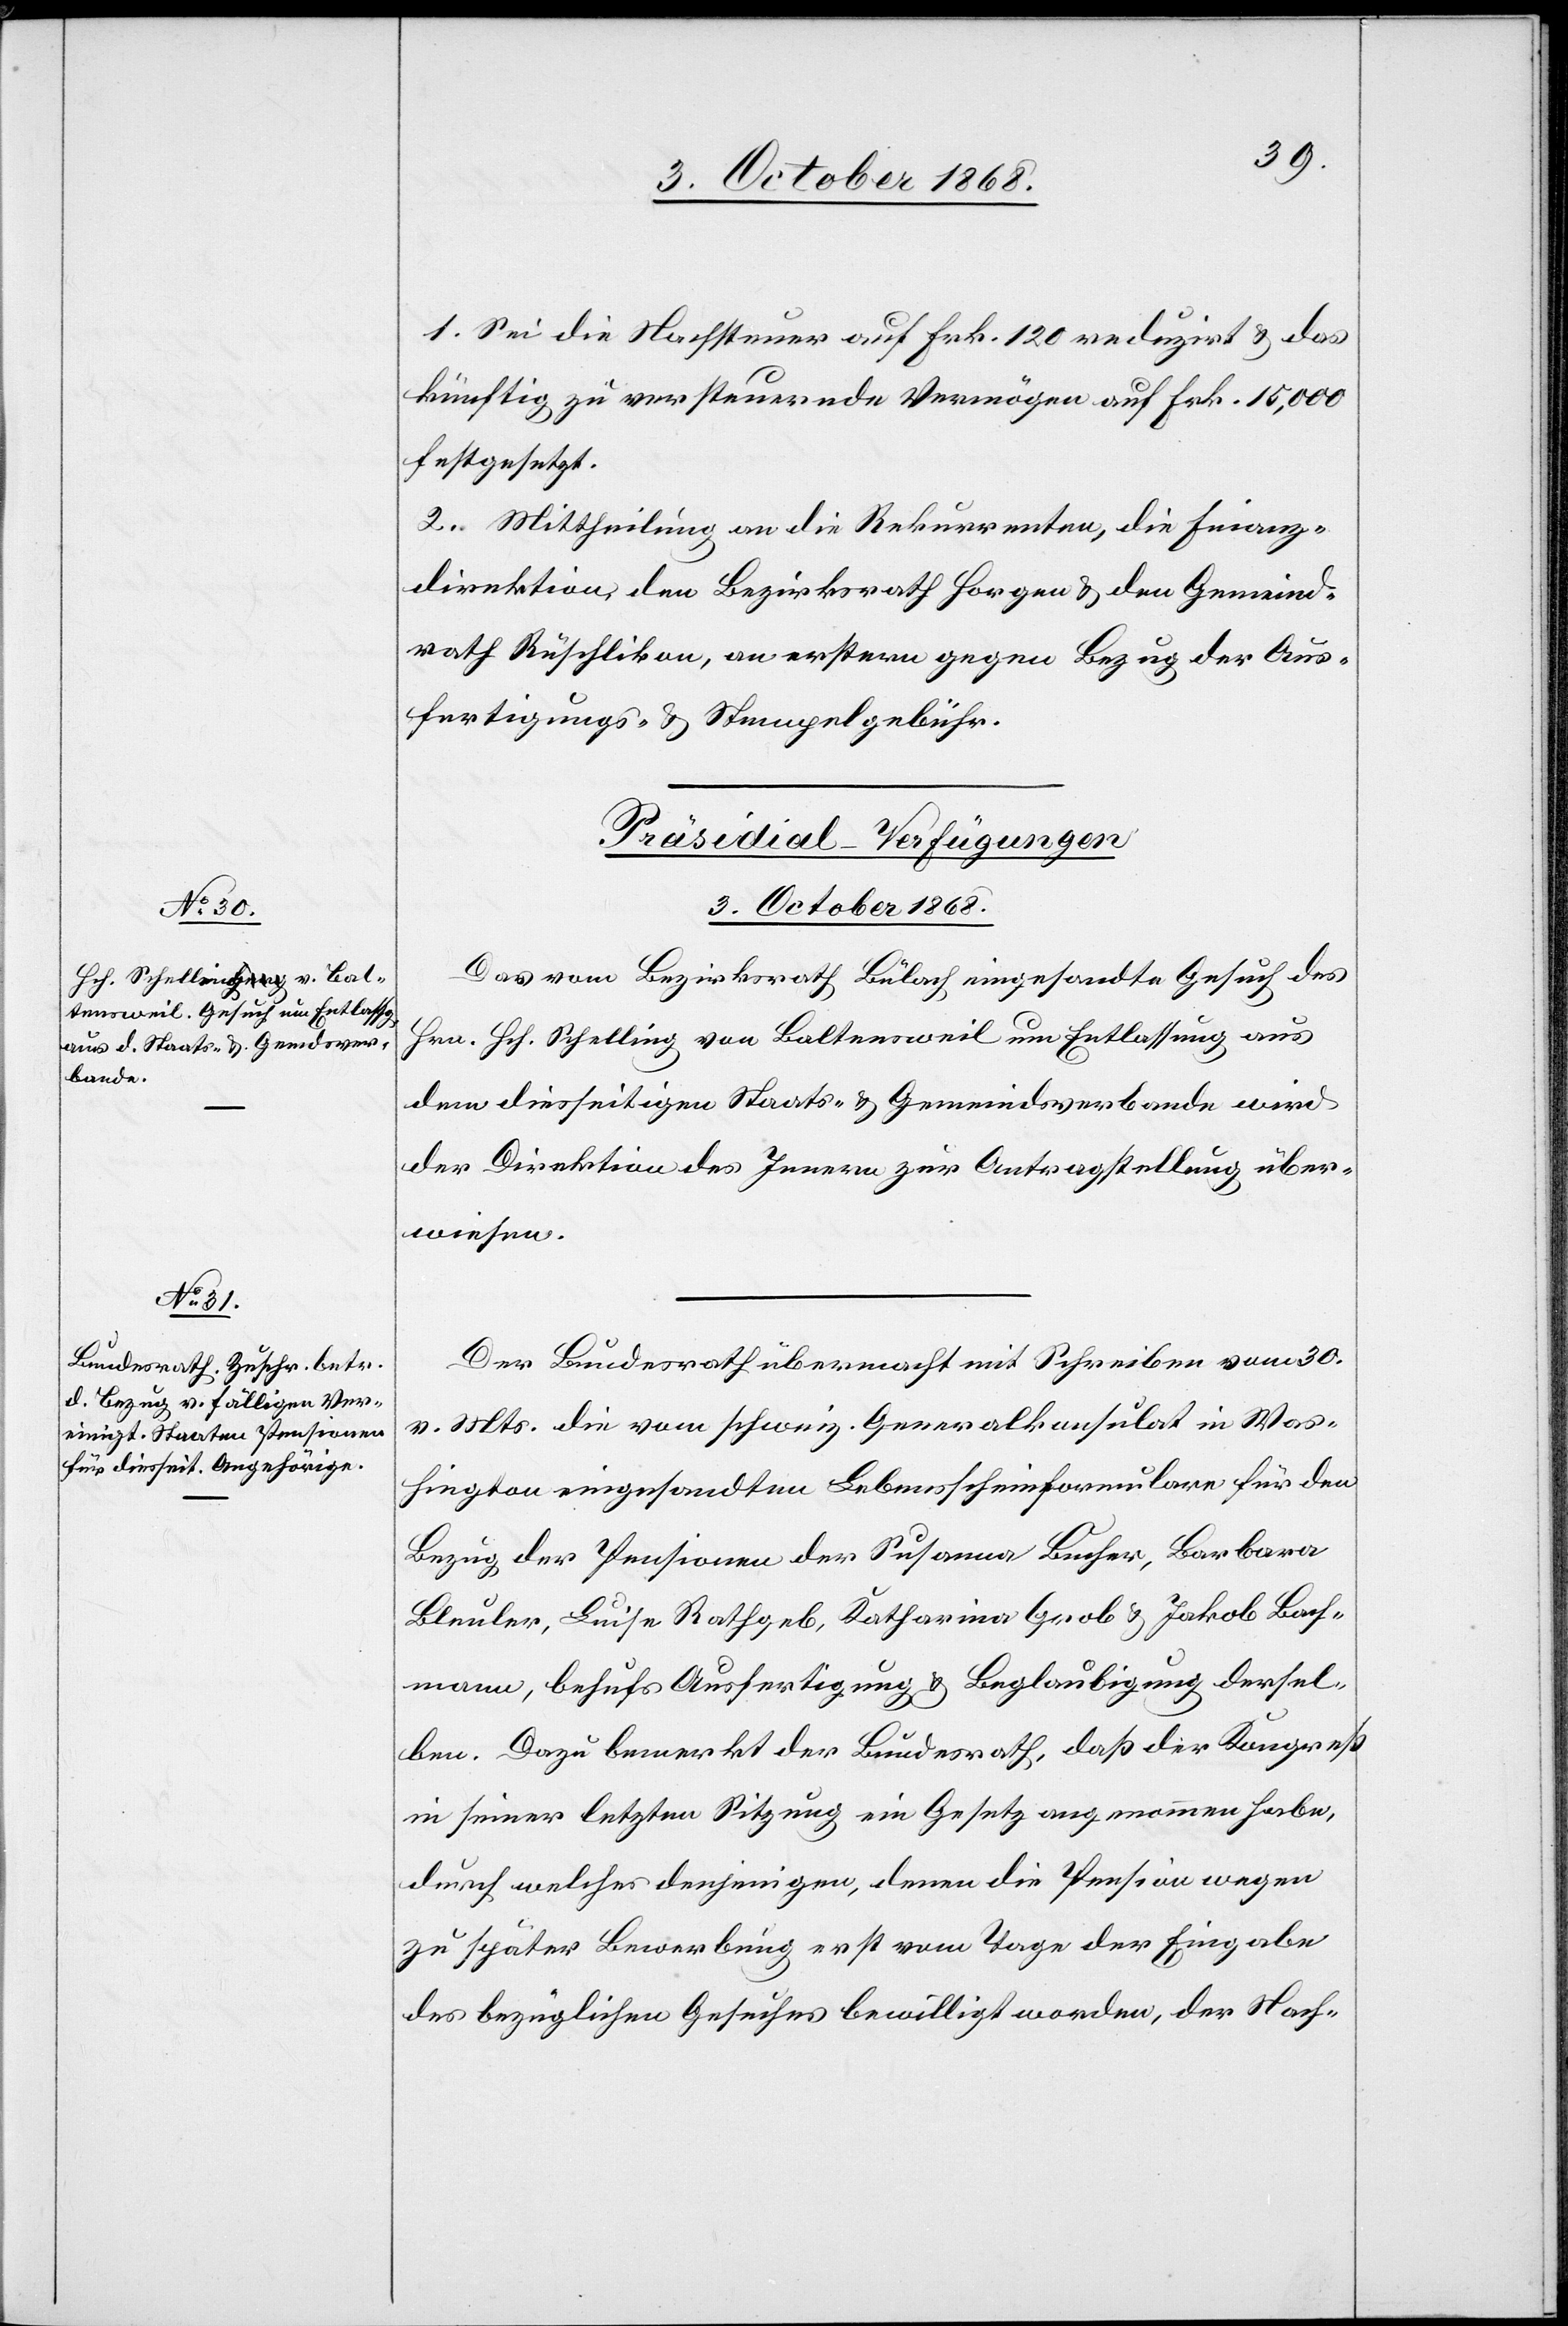
3. October 1868.]
1. Sei die Nachsteuer auf Frk. 120 reduzirt & das
künftig zu versteuernde Vermögen auf Frk. 15,000
festgesetzt.
2. Mittheilung an die Rekurrenten, die Finanz¬
direktion, den Bezirksrath Horgen & den Gemeind¬
rath Rüschlikon, an erstern gegen Bezug der Aus¬
fertigungs- & Stempelgebühr.
[Präsidial-Verfügungen
3. October 1868.
Das vom Bezirksrath Bülach eingesandte Gesuch des
Hrn. Hch. Schelling von Baltensweil um Entlassung aus
dem diesseitigen Staats- & Gemeindsverbande wird
der Direktion des Innern zur Antragstellung über¬
wiesen.
Der Bundesrath übermacht mit Schreiben vom 30.
v. Mts. die vom schweiz. Generalkonsulat in Was¬
hington eingesandten Lebensscheinformulare für den
Bezug der Pensionen der Susanna Bucher, Barbara
Bleuler, Luise Rathgeb, Katharina Grob & Jakob Bach¬
mann, behufs Ausfertigung & Beglaubigung dersel¬
ben. Dazu bemerkt der Bundesrath, daß der Kongreß
in seiner letzten Sitzung ein Gesetz angenommen habe,
durch welches denjenigen, denen die Pension wegen
zu später Bewerbung erst vom Tage der Eingabe
des bezüglichen Gesuches bewilligt worden, der Nach-